Civil Veterinary Department Bengal reports 1933-51 - 1933-1951
Year: 1933
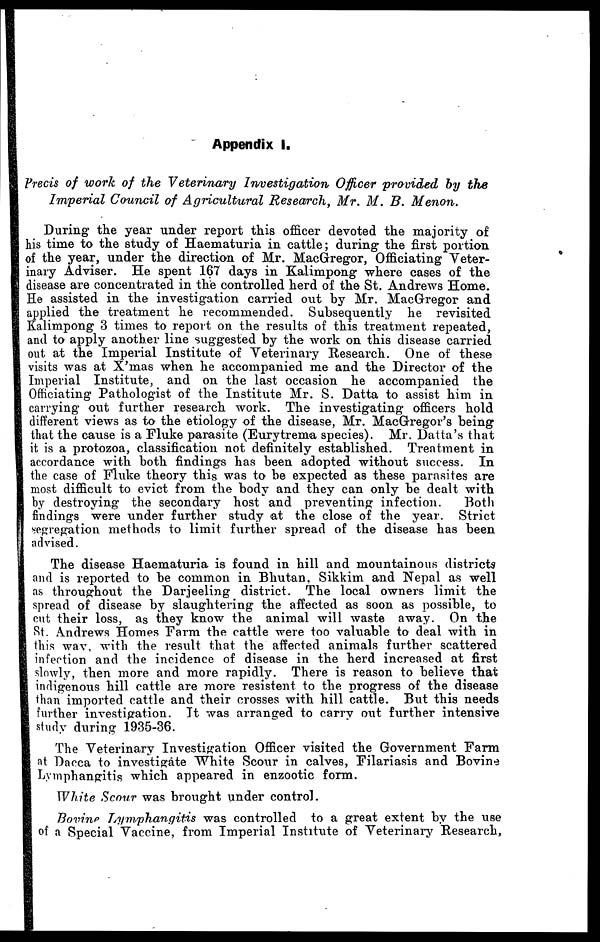
Appendix I.
Precis of work of the Veterinary Investigation
Officer provided by the
Imperial Council of Agricultural Research, Mr. M. B. Menon.
During the year under report this officer devoted the majority of
his time to the study of Haematuria in cattle; during the first portion
of the year, under the direction of Mr. MacGregor, Officiating Veter-
inary Adviser. He spent 167 days in Kalimpong where cases of the
disease are concentrated in the controlled herd of the St. Andrews Home.
He assisted in the investigation carried out by Mr. MacGregor and
applied the treatment he recommended. Subsequently he revisited
Kalimpong 3 times to report on the results of this treatment repeated,
and to apply another line suggested by the work on this disease carried
out at the Imperial Institute of Veterinary Research. One of these
visits was at X'mas when he accompanied me and the Director of the
Imperial Institute, and on the last occasion he accompanied the
Officiating Pathologist of the Institute Mr. S. Datta to assist him in
carrying out further research work. The investigating officers hold
different views as to the etiology of the disease, Mr. MacGregor's being
that the cause is a Fluke parasite (Eurytrema species). Mr. Datta's that
it is a protozoa, classification not definitely established. Treatment in
accordance with both findings has been adopted without success. In
the case of Fluke theory this was to be expected as these parasites are
most difficult to evict from the body and they can only be dealt with
by destroying the secondary host and preventing infection.
Both
findings were under further study at the close of the year. Strict
segregation methods to limit further spread of the disease has been
advised.
The disease Haematuria is found in hill and mountainous districts
and is reported to be common in Bhutan, Sikkim and Nepal as well
as throughout the Darjeeling district. The local owners limit the
spread of disease by slaughtering the affected as soon as possible, to
cut their loss, as they know the animal will waste away. On the
St. Andrews Homes Farm the cattle were too valuable to deal with in
this way, with the result that the affected animals further scattered
infection and the incidence of disease in the herd increased at first
slowly, then more and more rapidly. There is reason to believe that
indigenous hill cattle are more resistent to the progress of the disease
than imported cattle and their crosses with hill cattle. But this needs
further investigation. It was arranged to carry out further intensive
study during 1935-36.
The Veterinary Investigation Officer visited the Government Farm
at Dacca to investigate White Scour in calves, Filariasis and Bovine
Lymphangitis which appeared in enzootic form.
White Scour was brought under control.
Bovine Lymphangitis
was controlled to a great extent by the use
of a Special Vaccine, from Imperial Institute of Veterinary Research,